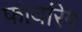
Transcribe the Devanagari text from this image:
फायरिग